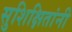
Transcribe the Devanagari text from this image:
सुशिक्षितांनी